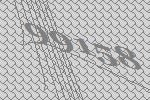
99158